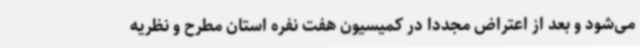
می‌شود و بعد از اعتراض مجددا در کمیسیون هفت نفره استان مطرح و نظریه